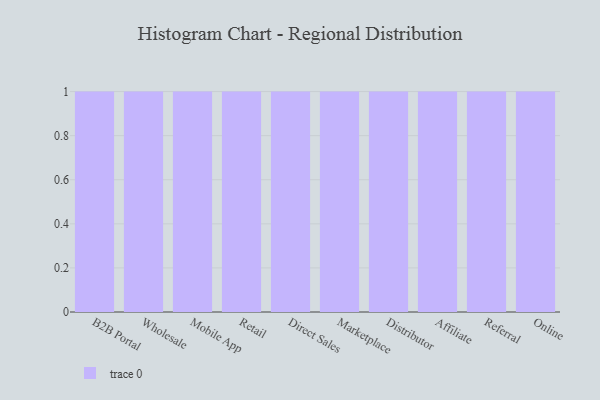
{"axis": {"x": "Channel", "y": "Gross Profit (USD K)"}, "legend": [""], "data": [{"x": "B2B Portal", "y": 68, "type": ""}, {"x": "Wholesale", "y": 58, "type": ""}, {"x": "Mobile App", "y": 43, "type": ""}, {"x": "Retail", "y": 1, "type": ""}, {"x": "Direct Sales", "y": 50, "type": ""}, {"x": "Marketplace", "y": 38, "type": ""}, {"x": "Distributor", "y": 9, "type": ""}, {"x": "Affiliate", "y": 13, "type": ""}, {"x": "Referral", "y": 41, "type": ""}, {"x": "Online", "y": 80, "type": ""}]}